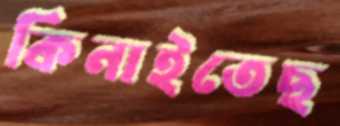
কিনাইতেছ